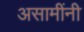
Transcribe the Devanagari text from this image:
असामींनी